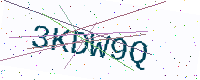
Text: 3KDW9Q